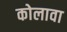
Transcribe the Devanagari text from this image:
कोलावा